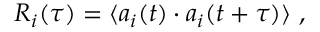
R _ { i } ( \tau ) = \langle a _ { i } ( t ) \cdot a _ { i } ( t + \tau ) \rangle \ ,